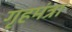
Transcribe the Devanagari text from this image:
गृहमंत्रा